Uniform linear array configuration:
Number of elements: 24
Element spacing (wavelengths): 0.75
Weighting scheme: kaiser
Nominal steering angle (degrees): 45
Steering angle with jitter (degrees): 43.399
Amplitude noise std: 0.05
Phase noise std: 0.05

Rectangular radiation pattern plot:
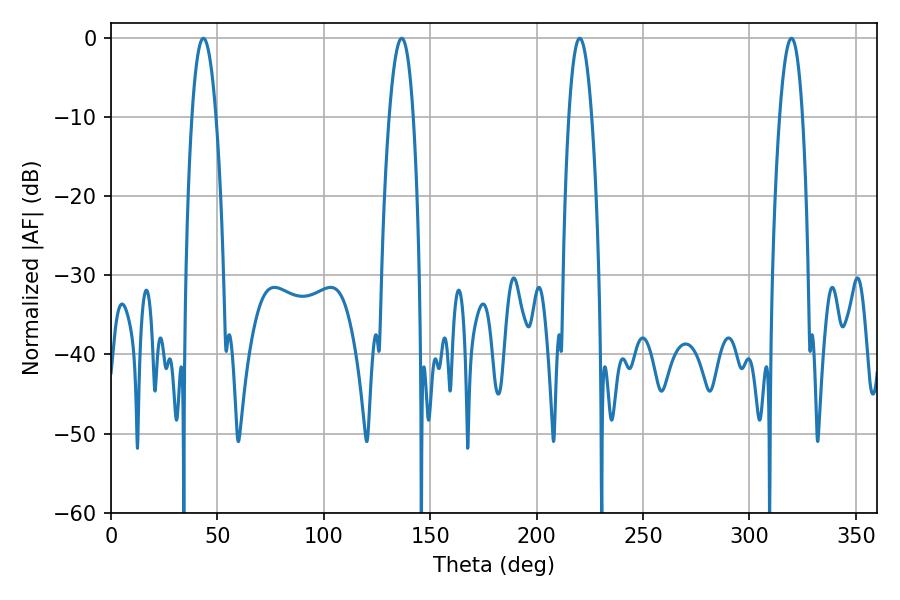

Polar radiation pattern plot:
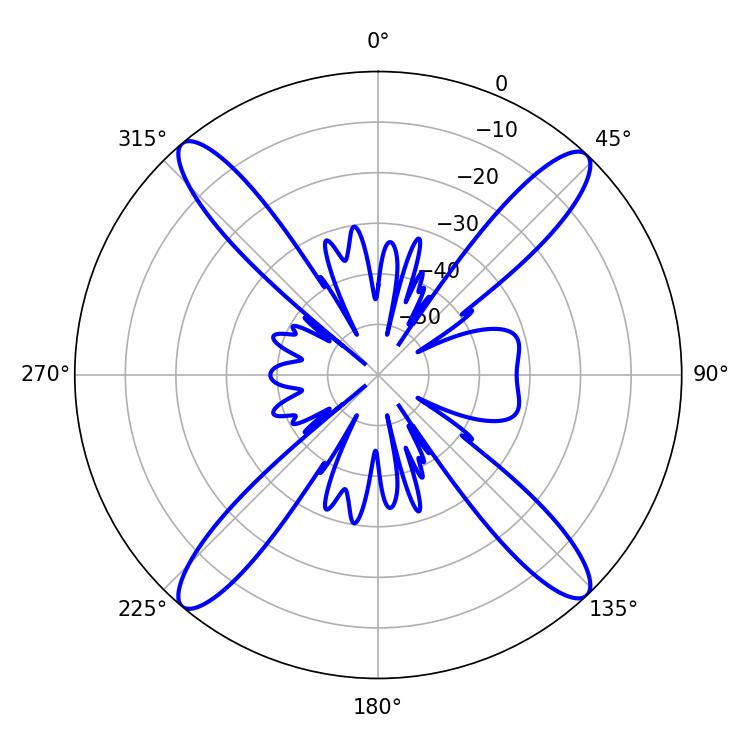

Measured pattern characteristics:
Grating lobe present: TRUE
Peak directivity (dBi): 20.611
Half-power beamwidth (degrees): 6.3
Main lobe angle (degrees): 43.38